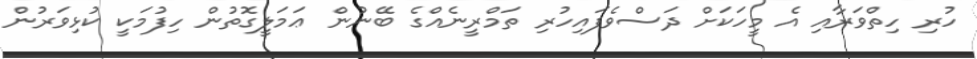
ހުރި ހިތްވަރާއި އެ މީހަކަށް ދަސްވެފައިހުރި ތަމްރީނެއްގެ ބޭނުން ޢަމަލީގޮތުން ހިފުމަކީ ކުޅިވަރުން